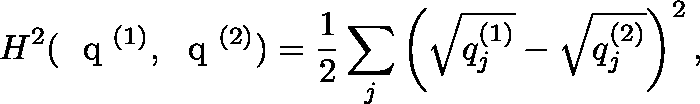
H ^ { 2 } ( \mathrm { ~ \boldmath ~ q ~ } ^ { ( 1 ) } , \mathrm { ~ \boldmath ~ q ~ } ^ { ( 2 ) } ) = \frac { 1 } { 2 } \sum _ { j } \left( \sqrt { q _ { j } ^ { ( 1 ) } } - \sqrt { q _ { j } ^ { ( 2 ) } } \right) ^ { 2 } ,